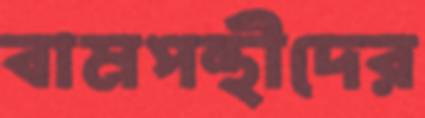
বামপন্থীদের